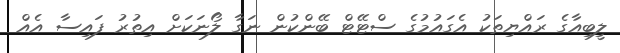
ލީބިއާގެ ރައްޔިތަކު އެގައުމުގެ ސްޓޭޓް ބޭންކުން ނަގާ ލޯނަކަށް އިތުރު ފައިސާ އެއް